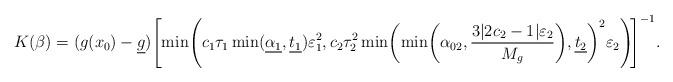
LaTeX: \begin{align*}K(\beta) = (g(x_0)- \underline{g}) \!\left[ \min \! \left( c_1 \tau_1 \min(\underline{\alpha_1}, \underline{t_1}) \varepsilon_1^2, c_2 \tau_2^2\min \! \left( \min \! \left(\alpha_{02}, \dfrac{3|2c_2-1| \varepsilon_2}{M_g}\right)\!, \underline{t_2}\right)^2 \! \varepsilon_2 \right) \!\right]^{-1}\!.\end{align*}